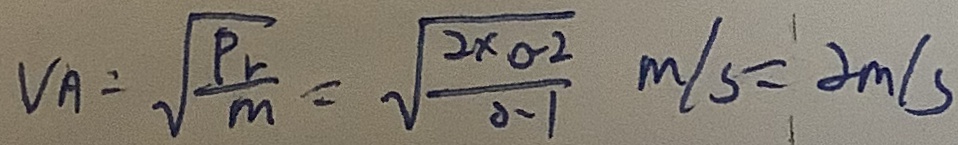
V _ { A } = \sqrt { \frac { P _ { r } } { m } } = \sqrt { \frac { 2 \times 0 . 2 } { 0 . 1 } } m / s = 2 m / s